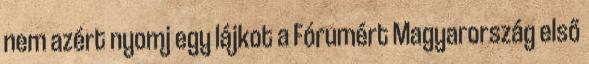
nem azért nyomj egy lájkot a Fórumért Magyarország első